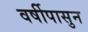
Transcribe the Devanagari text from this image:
वर्षीपासुन